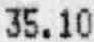
35.10